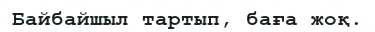
Байбайшыл тартып, баға жоқ.